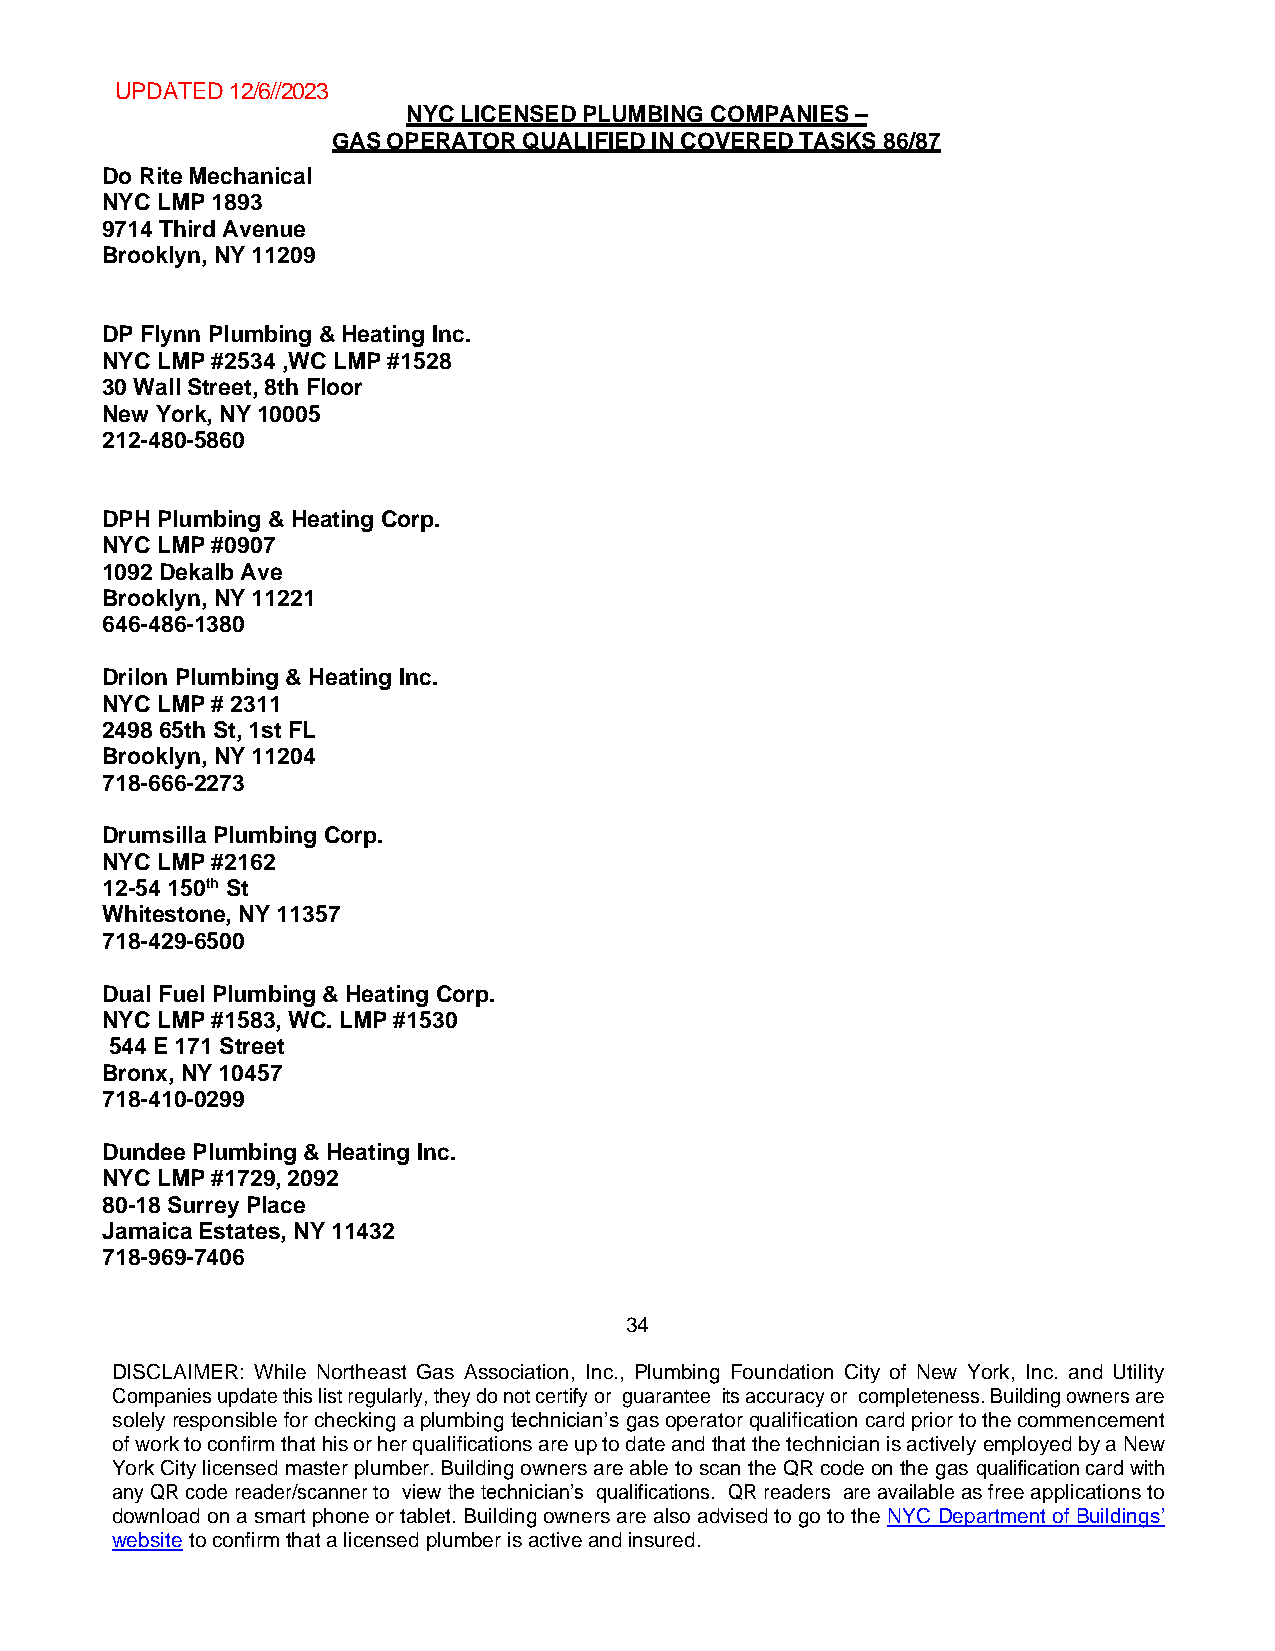
UPDATED 12/6//2023
 NYC LICENSED PLUMBING COMPANIES –
 GAS OPERATOR QUALIFIED IN COVERED TASKS 86/87
 Do Rite Mechanical
 NYC LMP 1893
 9714 Third Avenue
 Brooklyn, NY 11209
 DP Flynn Plumbing & Heating Inc.
 NYC LMP #2534 ,WC LMP #1528
 30 Wall Street, 8th Floor
 New York, NY 10005
 212-480-5860
 DPH Plumbing & Heating Corp.
 NYC LMP #0907
 1092 Dekalb Ave
 Brooklyn, NY 11221
 646-486-1380
 Drilon Plumbing & Heating Inc.
 NYC LMP # 2311
 2498 65th St, 1st FL
 Brooklyn, NY 11204
 718-666-2273
 Drumsilla Plumbing Corp.
 NYC LMP #2162
 12-54 150th St
 Whitestone, NY 11357
 718-429-6500
 Dual Fuel Plumbing & Heating Corp.
 NYC LMP #1583, WC. LMP #1530
 544 E 171 Street
 Bronx, NY 10457
 718-410-0299
 Dundee Plumbing & Heating Inc.
 NYC LMP #1729, 2092
 80-18 Surrey Place
 Jamaica Estates, NY 11432
 718-969-7406
 34
 DISCLAIMER: While Northeast Gas Association, Inc., Plumbing Foundation City of New York, Inc. and Utility
 Companies update this list regularly, they do not certify or guarantee its accuracy or completeness. Building owners are
 solely responsible for checking a plumbing technician’s gas operator qualification card prior to the commencement
 of work to confirm that his or her qualifications are up to date and that the technician is actively employed by a New
 York City licensed master plumber. Building owners are able to scan the QR code on the gas qualification card with
 any QR code reader/scanner to view the technician’s qualifications. QR readers are available as free applications to
 download on a smart phone or tablet. Building owners are also advised to go to the NYC Department of Buildings’
 website to confirm that a licensed plumber is active and insured.